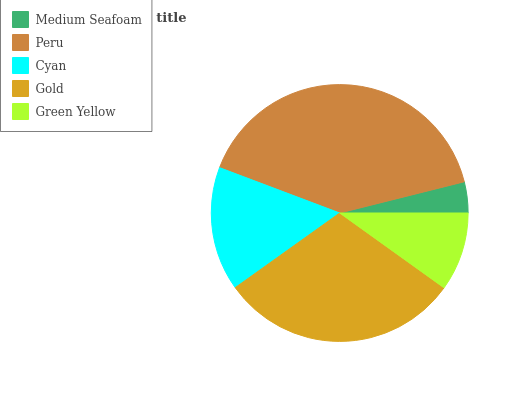
| Medium Seafoam | Peru | Cyan | Gold | Green Yellow |
 | --- | --- | --- | --- | --- |
 | 3.9% | 40.4% | 15.6% | 30.2% | 9.89% |